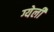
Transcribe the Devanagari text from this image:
ग्येली